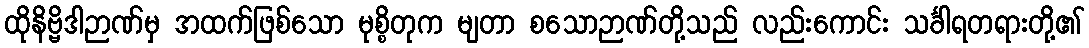
ထိုနိဗ္ဗိဒါဉာဏ်မှ အထက်ဖြစ်သော မုစ္စိတုက မျတာ စသောဉာဏ်တို့သည် လည်းကောင်း သင်္ခါရတရားတို့၏